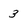
Character: 3